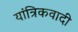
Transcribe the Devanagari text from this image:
यांत्रिकवादी